Report of the Bombay Plague Committee
Disease focus: Plague
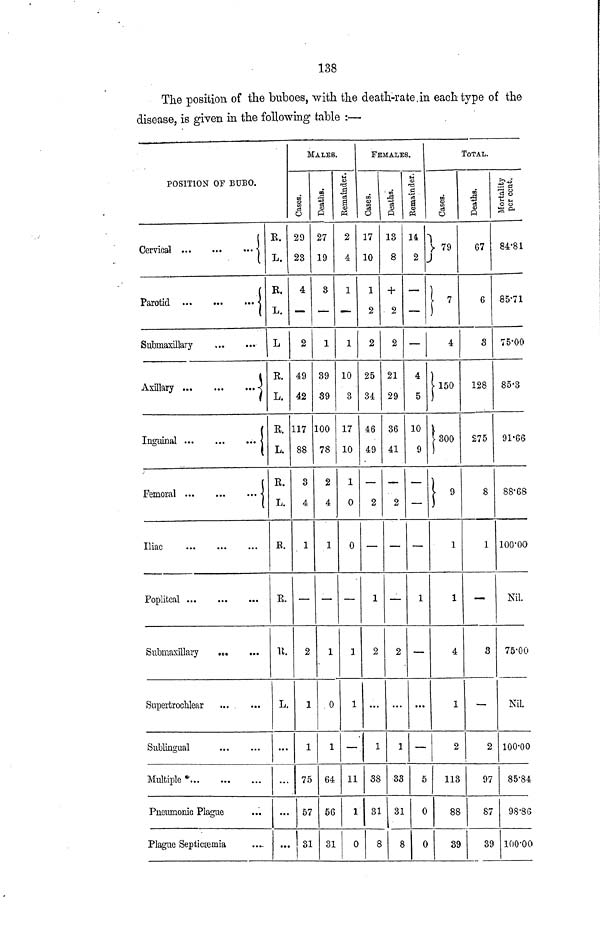
138
The position of the buboes, with the death-rate in each type of the
disease, is given in the following table :—
POSITION OF BUBO.
.R.
Cervical
L.
R.
Parotid
L.
Submaxillary
L
R.
Axillary
• L.
R.
Inguinal
L.
R.
Femoral
...
L.
Iliac
R.
Popliteal
R.
Submaxillary
,
... U.
Superfcrochlear
L.
Sublingual
Multiple*
Pneumonic Plague
Plague Septicaemia
Cases.
29
23
4
2
49
42
117
88
3
4
1
2
1
1
75
57
81
MALES.
Deaths.
27
19
3
1
39
89
100
78
2
4
1
1
0
1
64
56
31
2
4
1
1
10
3
17
10
1
0
0
1
1
__
11
1
0
17
10
1
2
2
25
34
46
49
2
1
2
1
38
83
8
FEMALES
13
8
+
2
2
21
29
36
41
2
2
1
) 33
L 31
5
8
s.
14
2
_
4
5
10
9
1
.
5
0
0
79
4
150
300
9
1
1
4
1
2
113
88
39
TOTAL.
67
6
3
128
275
8
1
3
2
97
87
39
84.81
85.71
75.00
85.3
91.66
88.68
100.00
Nil.
75.00
Nil.
100.00
85.84
98.86
100.0